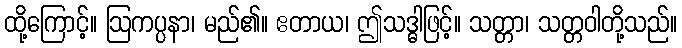
ထို့ကြောင့်။ ဩကပ္ပနာ၊ မည်၏။ ဧတာယ၊ ဤသဒ္ဓါဖြင့်။ သတ္တာ၊ သတ္တဝါတို့သည်။